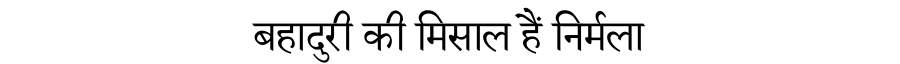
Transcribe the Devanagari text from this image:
बहादुरी की मिसाल हैं निर्मला